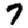
Digit: 7